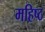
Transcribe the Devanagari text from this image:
महिष्ठ